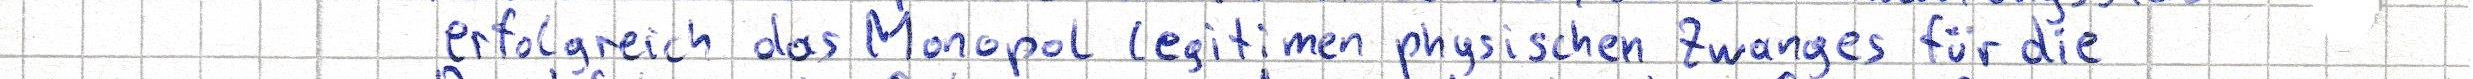
erfolgreich das Monopol legitimen physischen Zwanges für die